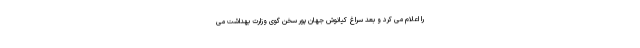
را اعلام می کرد و بعد سراغ کیانوش جهان پور سخن گوی وزارت بهداشت می